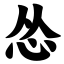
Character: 怂